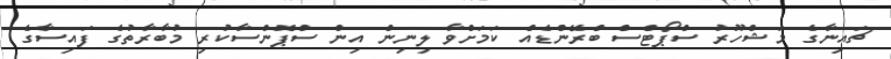
ޗައިނާގެ މަޝްހޫރު ސްޕޯޓްސް ބްރޭންޑެއް ކަމަށްވާ ލިނިން އިން ސްޕޮންސާކުރި މުބާރާތުގެ ފައިސާގެ